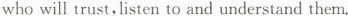
who will trust,listen to and understand them.